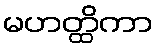
မဟတ္ထိကာ